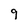
Character: 9